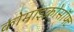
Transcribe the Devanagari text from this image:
कोमाइक्रोसॉफ्ट